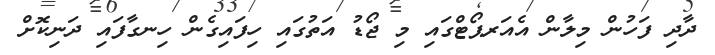
ދާދި ފަހުން މިލާން އެއަރޕޯޓްގައި މި ޖޯޑު އަތުގައި ހިފައިގެން ހިނގާފައި ދަނިކޮށް